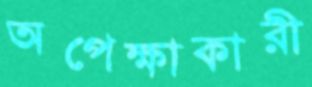
অপেক্ষাকারী